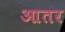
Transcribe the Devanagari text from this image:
आतर